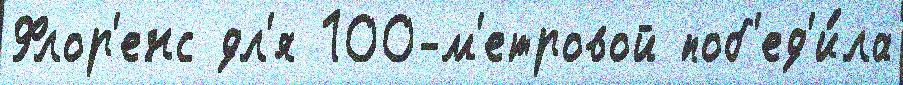
Флор'енс дл'я 100-м'етровой поб'ед'и́ла